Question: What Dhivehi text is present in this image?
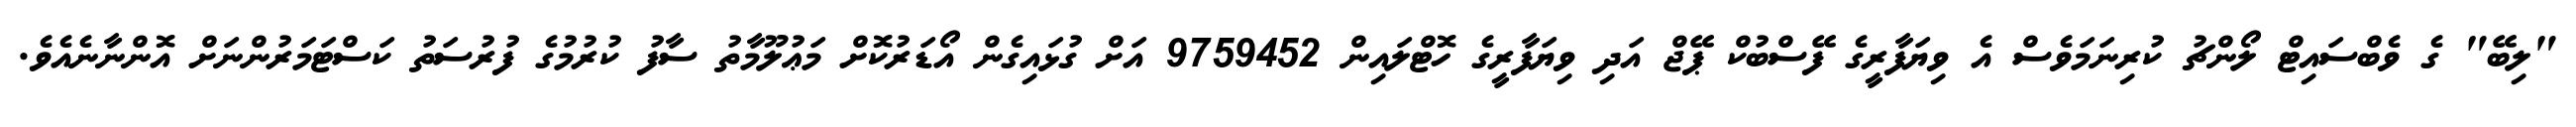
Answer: "ލިބޭ" ގެ ވެބްސައިޓް ލޯންޗު ކުރިނަމަވެސް އެ ވިޔަފާރީގެ ފޭސްބުކް ޕޭޖް އަދި ވިޔަފާރީގެ ހޮޓްލައިން 9759452 އަށް ގުޅައިގެން އޯޑަރުކޮށް މަޢުލޫމާތު ސާފު ކުރުމުގެ ފުރުސަތު ކަސްޓަމަރުންނަށް އޮންނާނެއެވެ.